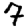
Digit: 7